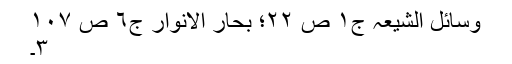
وسائل الشیعہ ج١ ص ٢٢؛ بحار الانوار ج٦ ص ١٠٧
٣۔